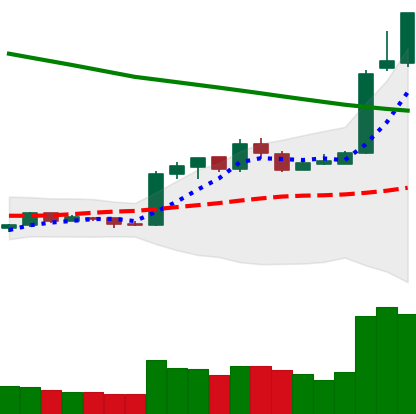
Ticker: EOS-USD
Chart end date: 2019-02-20
Forward return: -8.426%
Label: down_7plus